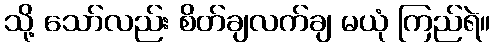
သို့ သော်လည်း စိတ်ချလက်ချ မယုံ ကြည်ရဲ။